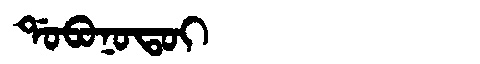
Manchu: ᡩᠣᠪᠣᠨᠣᡨᠣᡳ
Romanization: DOBONOTOI